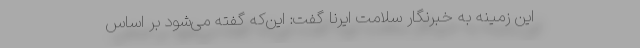
این زمینه به خبرنگار سلامت ایرنا گفت: این‌که گفته می‌شود بر اساس